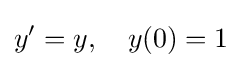
y'=y,\quad y(0)=1